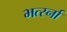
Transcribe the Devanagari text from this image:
भर्त्स्ना